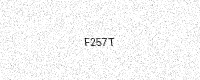
Text: F257T